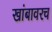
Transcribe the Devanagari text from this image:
खांबावरच